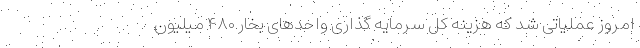
امروز عملیاتی شد که هزینه کل سرمایه گذاری واحدهای بخار ۴۸۰ میلیون